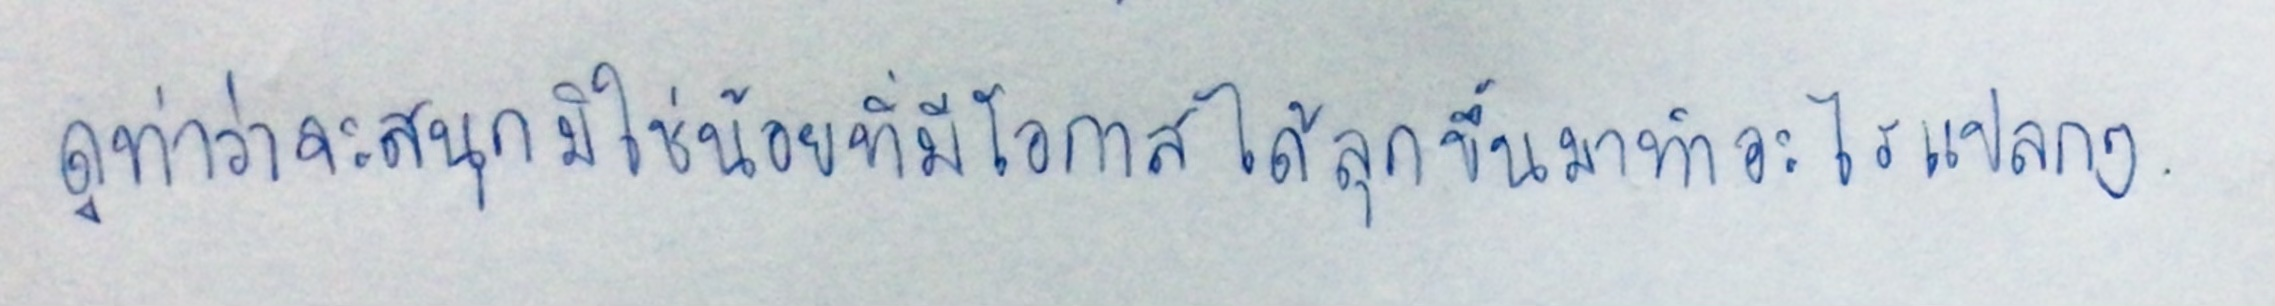
ดูท่าว่าจะสนุกมิใช่น้อยที่มีโอกาสได้ลุกขึ้นมาทำอะไรแปลกๆ